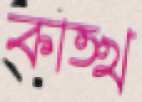
কাত্থ